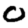
Digit: 0